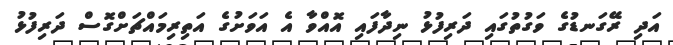
އަދި ރޭގަނޑުގެ ވަގުތުގައި ދަރިފުޅު ނިދާފައި އޮއްވާ އެ އަވަށުގެ އަތިރިމައްޗަށްގޮސް ދަރިފުޅު